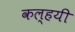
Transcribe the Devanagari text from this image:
कल्हयी